Insane asylums in Bengal annual reports 1876-1887 - 1876-1887
Year: 1876
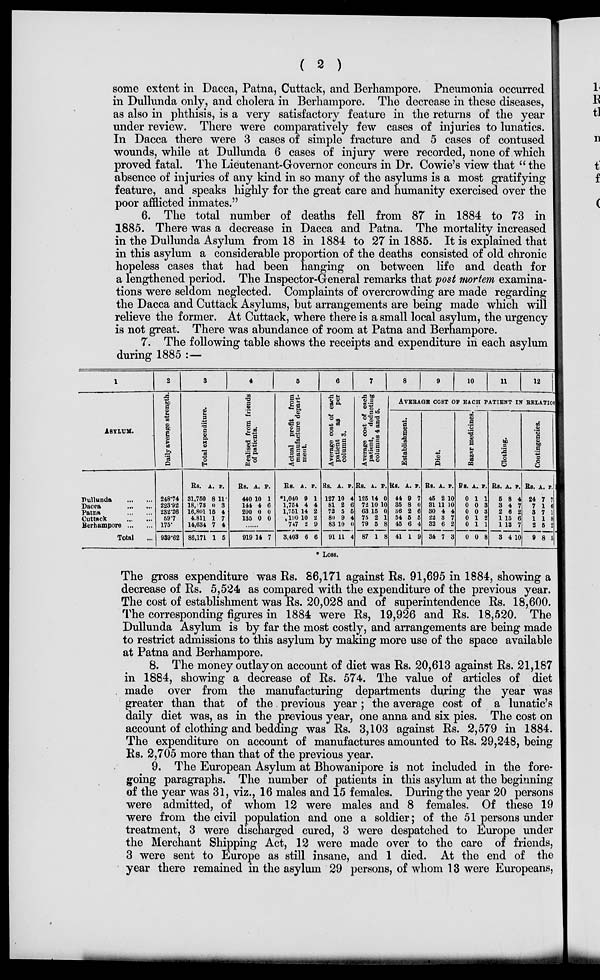
( 2 )
some extent in Dacca, Patna, Cuttack, and Berhampore. Pneumonia occurred
in Dullunda only, and cholera in Berhampore. The decrease in these diseases,
as also in phthisis, is a very satisfactory feature in the returns of the year
under review. There were comparatively few cases of injuries to lunatics.
In Dacca there were 3 cases of simple fracture and 5 cases of contused
wounds, while at Dullunda 6 cases of injury were recorded, none of which
proved fatal. The Lieutenant-Governor concurs in Dr. Cowie's view that " the
absence of injuries of any kind in so many of the asylums is a most gratifying
feature, and speaks highly for the great care and humanity exercised over the
poor afflicted inmates."
6. The total number of deaths fell from 87 in 1884 to 73 in
1885. There was a decrease in Dacca and Patna. The mortality increased
in the Dullunda Asylum from 18 in 1884 to 27 in 1885. It is explained that
in this asylum a considerable proportion of the deaths consisted of old chronic
hopeless cases that had been hanging on between life and death for
a lengthened period. The Inspector-General remarks that post mortem examina-
tions were seldom neglected. Complaints of overcrowding are made regarding
the Dacca and Cuttack Asylums, but arrangements are being made which will
relieve the former. At Cuttack, where there is a small local asylum, the urgency
is not great. There was abundance of room at Patna and Berhampore.
7. The following table shows the receipts and expenditure in each asylum
during 1885 :—
1
ASYLUM.
Dullunda
...
...
Dacca
...
...
Patna
...
...
Cuttack
...
...
Berhampore
...
...
Total ...
2
Daily average strength.
248.74
223.92
232.26
59.7
175.
939.62
3
Total expenditure.
Rs.
31,780
18,173
16,801
4,811
14,634
86,171
A.
8
0
15
1
7
1
P.
11
3
4
7
4
5
4
Realised from friends
of patients.
Rs.
440
144
200
135
A.
10
4
0
0
P.
1
6
0
0
......
919 14 7
5
Actual profit from
manufacture depart-
ment.
Rs.
*1,040
1,754
1,751
190
747
3,403
A.
9
4
14
10
2
6
p.
1
4
2
2
9
6
6
Average cost of each
patient as
per
column 3.
Rs.
127
81
72
89
83
91
A.
10
2
5
9
10
11
p.
4
6
5
4
0
4
7
Average cost of each
patient, deducting
columns 4 and 5.
Rs.
125
72
63
75
79
87
A.
14
10
15
2
6
1
P.
0
10
0
1
8
8
8
9
10
11
12
AVERAGE COST OF EACH PATIENT IN RELATION
Establishment.
Rs.
44
35
36
54
45
41
A.
9
8
2
6
6
1
p.
7
0
6
5
4
9
Diet.
Rs.
45
31
30
22
32
34
A.
2
11
4
3
6
7
F.
10
10
4
7
2
3
Bazar medicines.
Rs.
0
0
0
0
0
0
A.
1
0
0
1
1
0
p.
1
3
3
2
1
8
Clothing.
Rs.
5
3
2
1
1
3
A.
8
4
6
15
13
4
P.
4
7
2
6
7
10
Contingencies.
Rs.
24
7
3
1
2
9
A.
7
1
7
1
5
8
7
6
1
8
2
5
* Loss.
The gross expenditure was Rs. 86,171 against Rs. 91,695 in 1884, showing a
decrease of Rs. 5,524 as compared with the expenditure of the previous year.
The cost of establishment was Rs. 20,028 and of superintendence Rs. 18,600.
The corresponding figures in 1884 were Rs, 19,926 and Rs. 18,520. The
Dullunda Asylum is by far the most costly, and arrangements are being made
to restrict admissions to this asylum by making more use of the space available
at Patna and Berhampore.
8. The money outlay on account of diet was Rs. 20,613 against Rs. 21,187
in 1884, showing a decrease of Rs. 574. The value of articles of diet
made over from the manufacturing departments during the year was
greater than that of the previous year ; the average cost of a lunatic's
daily diet was, as in the previous year, one anna and six pies. The cost on
account of clothing and bedding was Rs. 3,103 against Rs. 2,579 in 1884.
The expenditure on account of manufactures amounted to Rs. 29,248, being
Rs. 2,705 more than that of the previous year.
9. The European Asylum at Bhowanipore is not included in the fore-
going paragraphs. The number of patients in this asylum at the beginning
of the year was 31, viz., 16 males and 15 females. During the year 20 persons
were admitted, of whom 12 were males and 8 females. Of these 19
were from the civil population and one a soldier; of the 51 persons under
treatment, 3 were discharged cured, 3 were despatched to Europe under
the Merchant Shipping Act, 12 were made over to the care of friends,
3 were sent to Europe as still insane, and 1 died. At the end of the
year there remained in the asylum 29 persons, of whom 13 were Europeans,